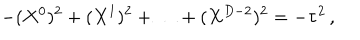
- ( X ^ { 0 } ) ^ { 2 } + ( X ^ { 1 } ) ^ { 2 } + \ldots + ( X ^ { D - 2 } ) ^ { 2 } = - \tau ^ { 2 } \, ,